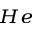
_ { H e }